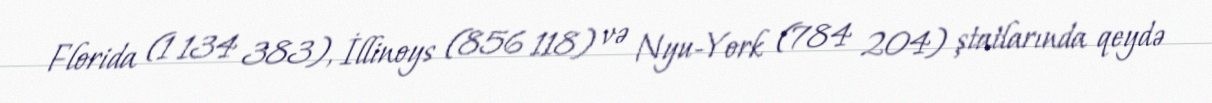
Florida (1 134 383), İllinoys (856 118) və Nyu-York (784 204) ştatlarında qeydə